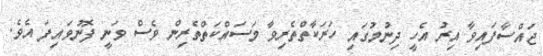
ޖައްސާފައިވާ އިރު އެހީ ދިނުމުގައި ހަރަކާތްތެރިވާ މަސައްކަތްތެރިން ވެސް ވަނީ ފޮނުވައިފަ އެވެ.